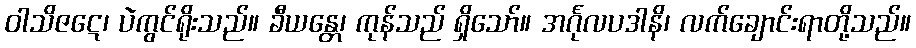
ဝါသိဇဋေ၊ ပဲကွင်ရိုးသည်။ ခီယန္တေ၊ ကုန်သည် ရှိသော်။ အင်္ဂုလပဒါနိ၊ လက်ချောင်းရာတို့သည်။